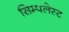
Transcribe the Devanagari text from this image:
सिम्पलेस्ट